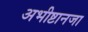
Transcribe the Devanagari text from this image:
अभीष्टानजा